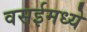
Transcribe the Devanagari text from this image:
वसईमध्ये